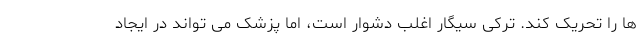
ها را تحریک کند. ترکی سیگار اغلب دشوار است، اما پزشک می تواند در ایجاد